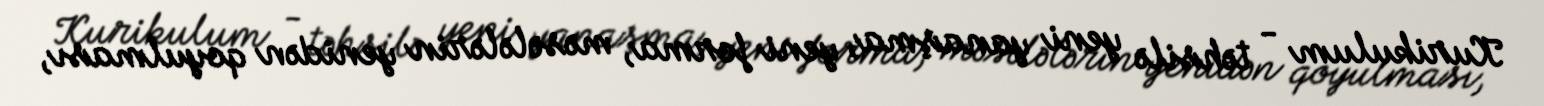
Kurikulum - təhsilə yeni yanaşma, yeni forma, məsələlərin yenidən qoyulması,